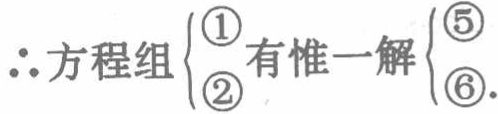
\(\therefore\)方程组\(\begin{cases}\textcircled{1}\\\textcircled{2}\end{cases}\)有惟一解\(\begin{cases}\textcircled{5}\\\textcircled{6}\end{cases}\).